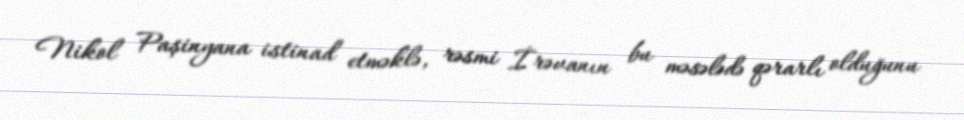
Nikol Paşinyana istinad etməklə, rəsmi İrəvanın bu məsələdə qərarlı olduğunu